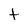
Character: t